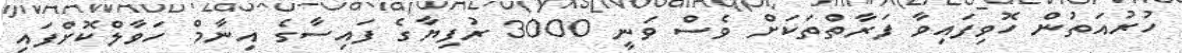
ހުރުއަތުން ހޮވިފައިވާ ފަރާތްތަކަށް ވެސް ވަނީ 3000 ރުފިޔާގެ ފައިސާގެ އިނާމް ހަވާލްކޮށްފައި